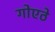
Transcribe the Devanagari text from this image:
गोएठे